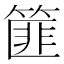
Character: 篚